Report on plague in the Punjab from October 1st ... to September 30th ..., being the ... season of plague in the province
Disease focus: Plague
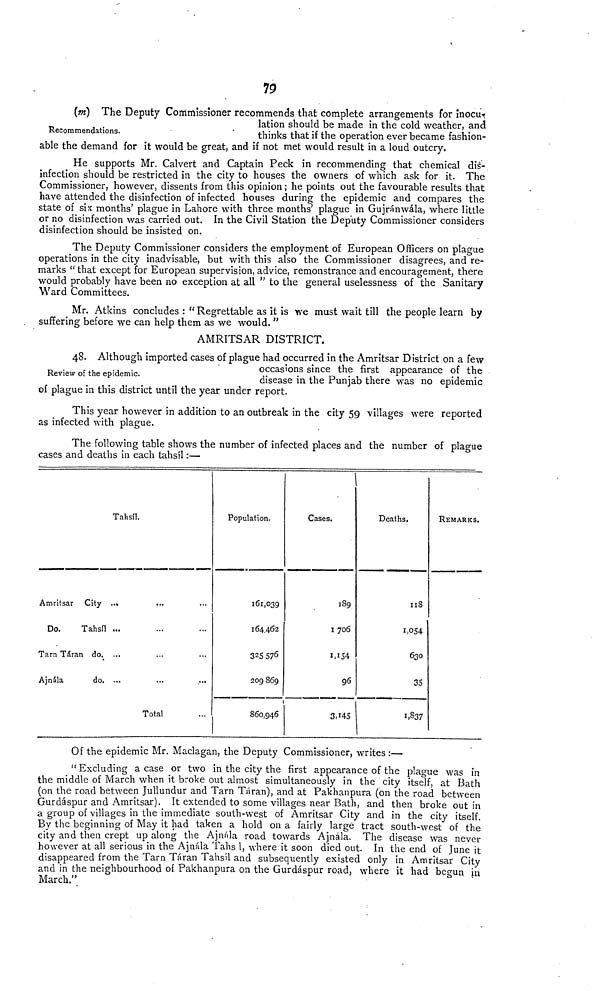
19
Recommendations.
(m) The Deputy Commissioner recommends that complete arrangements for inocu-
lation should be made in the cold weather, and
thinks that if the operation ever became fashion-
able the demand for it would be great, and if not met would result in a loud outcry.
He supports Mr. Calvert and Captain Peck in recommending that chemical dis-
infection should be restricted in the city to houses the owners of which ask for it. The
Commissioner, however, dissents from this opinion; he points out the favourable results that
have attended the disinfection of infected houses during the epidemic and compares the
state of six months' plague in Lahore with three months' plague in Gujránwála, where little
or no disinfection was carried out. In the Civil Station the Deputy Commissioner considers
disinfection should be insisted on.
The Deputy Commissioner considers the employment of European Officers on plague
operations in the city inadvisable, but with this also the Commissioner disagrees, and re-
marks " that except for European supervision, advice, remonstrance and encouragement, there
would probably have been no exception at all " to the general uselessness of the Sanitary
Ward Committees.
Mr. Atkins concludes : " Regrettable as it is we must wait till the people learn by
suffering before we can help them as we would. "
AMRITSAR DISTRICT.
Review of the epidemic.
48. Although imported cases of plague had occurred in the Amritsar District on a few
occasions since the first appearance of the
disease in the Punjab there was no epidemic
of plague in this district until the year under report.
This year however in addition to an outbreak in the city 59 villages were reported
as infected with plague.
The following table shows the number of infected places and the number of plague
cases and deaths in each tahsil :—
Tahsíl.
Amritsar City
Do.
Tahsíl
Tarn Táran do.
Ajnála
do.
•«•
...
...
...
Total
Population.
161,039
164,462
325 576
209 869
860,946
Cases.
189
1 706
1,154
96
3,145
Deaths,
118
1,054
630
35
1,837
REMARKS.
Of the epidemic Mr. Maclagan, the Deputy Commissioner, writes:—
"Excluding a case or two in the city the first appearance of the plague was in
the middle of March when it broke out almost simultaneously in the city itself, at Bath
(on the road between Jullundur and Tarn Táran), and at Pakhanpura (on the road between
Gurdáspur and Amritsar). It extended to some villages near Bath, and then broke out in
a group of villages in the immediate south-west of Amritsar City and in the city itself.
By the beginning of May it had taken a hold on a fairly large tract south-west of the
city and then crept up along the Ajnála road towards Ajnála. The disease was never
however at all serious in the Ajnála Tahs 1, where it soon died out. In the end of June it
disappeared from the Tarn Táran Tahsíl and subsequently existed only in Amritsar City
and in the neighbourhood of Pakhanpura on the Gurdáspur road, where it had begun in
March."